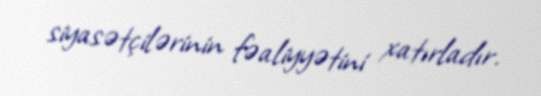
siyasətçilərinin fəaliyyətini xatırladır.